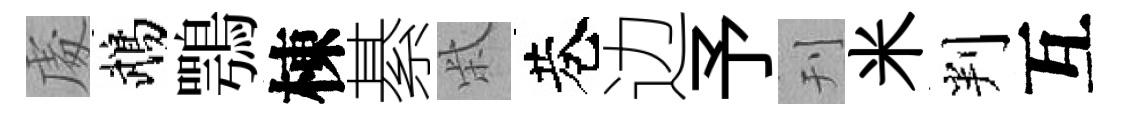
䖏鵡鶚棟綦柴巷边予刊米判互